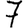
Digit: 7